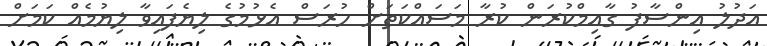
އަދުލު އިންސާފު ގާއިމްކުރަން ކުރާ މަސައްކަތަށް ހުރަސް އެޅުމުގެ ލިޔެފައިވާ ލިޔުމެއް ކަމަށް